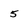
Character: 5